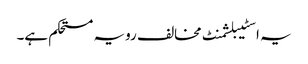
یہ اسٹیبلشمنٹ مخالف رویہ مستحکم ہے۔